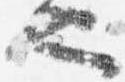
也